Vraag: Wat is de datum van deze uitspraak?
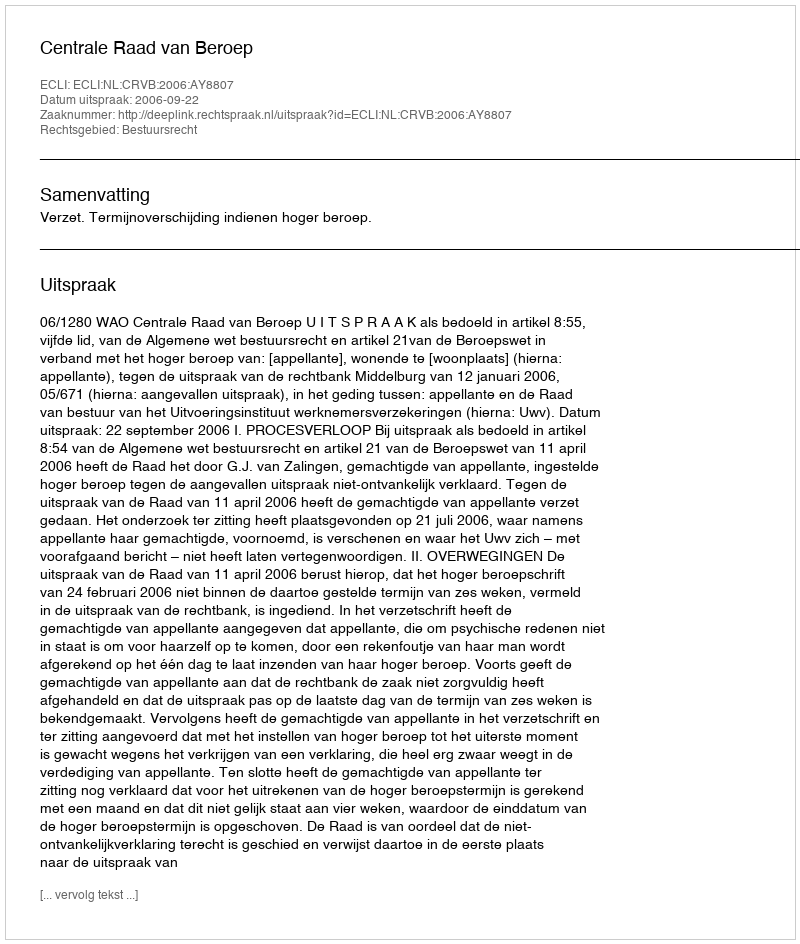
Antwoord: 2006-09-22